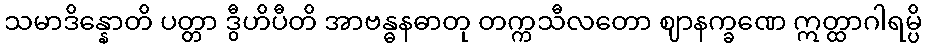
သမာဒိန္နောတိ ပတ္တာ ဒွီဟိပီတိ အာဗန္ဓနဓာတု တက္ကသီလတော ဈာနက္ခဏေ ဣတ္ထာဂါရမ္ပိ